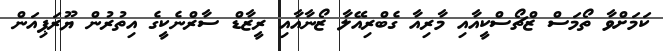
ކަމަށްވާ ތޯމަސް ޒްޗޯސްކީއާއި މާރިއާ ގެބްރިއޭލާ ޒޯނާއާއި ރީޒާޑް ސާރްނެކީގެ އިތުރުން ޔޫރަޕިއަން